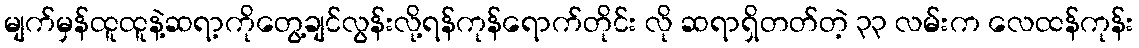
မျက်မှန်ထူထူနဲ့ဆရာ့ကိုတွေ့ချင်လွန်းလို့ရန်ကုန်ရောက်တိုင်း လို ဆရာရှိတတ်တဲ့ ၃၃ လမ်းက လေထန်ကုန်း